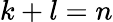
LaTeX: k+l=n